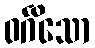
ဝင်္ဂိသော